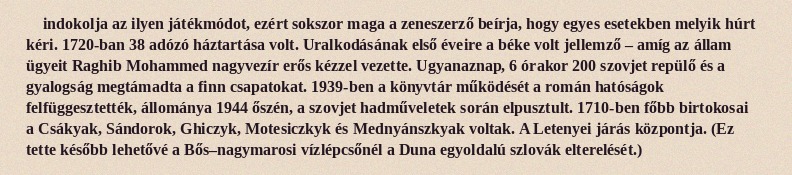
indokolja az ilyen játékmódot, ezért sokszor maga a zeneszerző beírja, hogy egyes esetekben melyik húrt kéri. 1720-ban 38 adózó háztartása volt. Uralkodásának első éveire a béke volt jellemző – amíg az állam ügyeit Raghib Mohammed nagyvezír erős kézzel vezette. Ugyanaznap, 6 órakor 200 szovjet repülő és a gyalogság megtámadta a finn csapatokat. 1939-ben a könyvtár működését a román hatóságok felfüggesztették, állománya 1944 őszén, a szovjet hadműveletek során elpusztult. 1710-ben főbb birtokosai a Csákyak, Sándorok, Ghiczyk, Motesiczkyk és Mednyánszkyak voltak. A Letenyei járás központja. (Ez tette később lehetővé a Bős–nagymarosi vízlépcsőnél a Duna egyoldalú szlovák elterelését.)